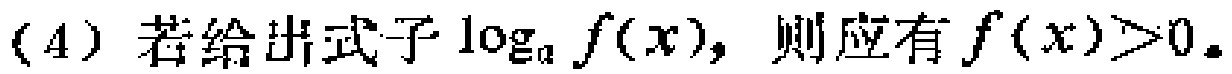
(4) 若给出式子\(\log_{a} f(x)\)，则应有\(f(x)>0\)。